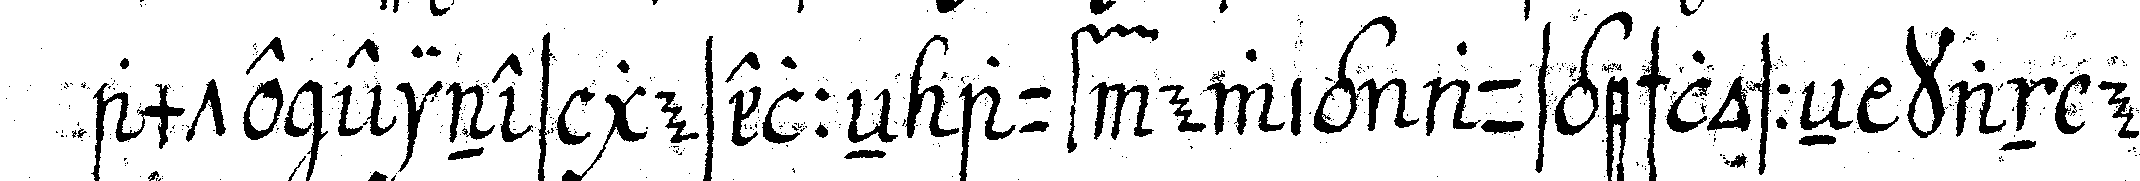
amte eines geselleN auf ewig ausgeschlosseN kan er